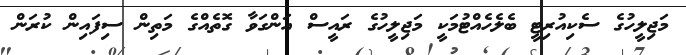
މަޖިލީހުގެ ސެކިއުރިޓީ ބެލެހެއްޓުމަކީ މަޖިލީހުގެ ރައީސް އަންގަވާ ގޮތެއްގެ މަތިން ސިފައިން ކުރަން